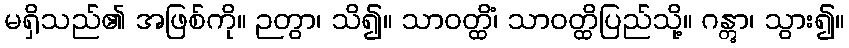
မရှိသည်၏ အဖြစ်ကို။ ဉတွာ၊ သိ၍။ သာဝတ္ထိံ၊ သာဝတ္ထိပြည်သို့။ ဂန္တွာ၊ သွား၍။